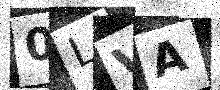
Text: 0LVA